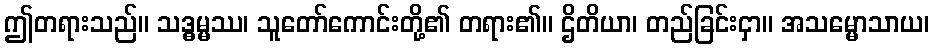
ဤတရားသည်။ သဒ္ဓမ္မဿ၊ သူတော်ကောင်းတို့၏ တရား၏။ ဌိတိယာ၊ တည်ခြင်းငှာ။ အသမ္မောသာယ၊